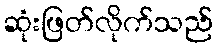
ဆုံးဖြတ်လိုက်သည်